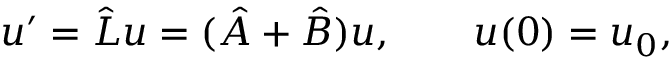
u ^ { \prime } = \hat { L } u = ( \hat { A } + \hat { B } ) u , \qquad u ( 0 ) = u _ { 0 } ,